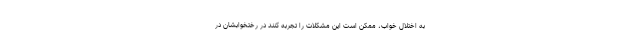
به اختلال خواب، ممکن است این مشکلات را تجربه کنند در رختخوابشان در